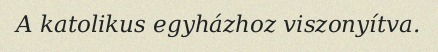
A katolikus egyházhoz viszonyítva.